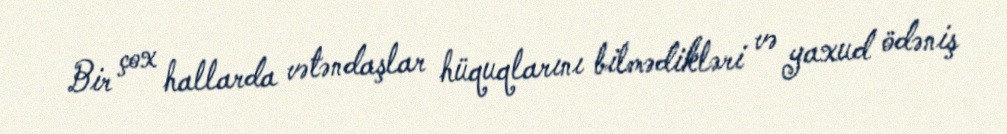
Bir çox hallarda vətəndaşlar hüquqlarını bilmədikləri və yaxud ödəniş